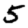
Digit: 5